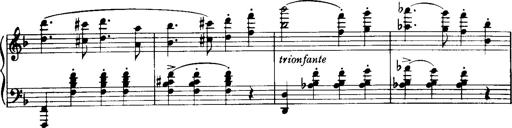
Title: Historische ungarische Bildnisse
Composer: Franz Liszt